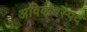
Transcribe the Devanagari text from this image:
अविवादस्पद